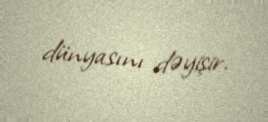
dünyasını dəyişir.